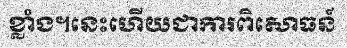
ខ្លាំង។នេះហើយជាការពិសោធន៍